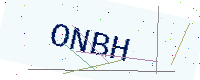
Text: ONBH